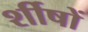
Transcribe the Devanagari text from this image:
र्शीषों